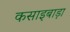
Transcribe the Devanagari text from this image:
कसाइबाड़ा